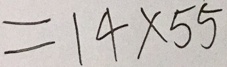
= 1 4 \times 5 5